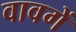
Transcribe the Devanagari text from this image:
वावगें